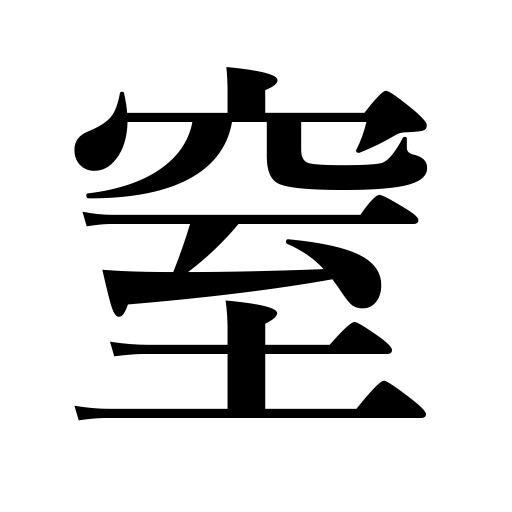
Meanings: plug up,obstruct